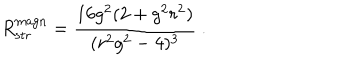
LaTeX: R _ { \mathrm { s t r } } ^ { \mathrm { m a g n } } = { \frac { 1 6 g ^ { 2 } ( 2 + g ^ { 2 } r ^ { 2 } ) } { ( r ^ { 2 } g ^ { 2 } - 4 ) ^ { 3 } } } \ .